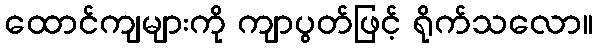
ထောင်ကျများကို ကျာပွတ်ဖြင့် ရိုက်သလော။